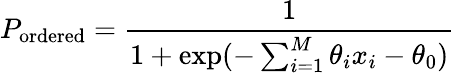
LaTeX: P_{\mathrm{ordered}}=\frac{1}{1+\exp(-\sum_{i=1}^{M}\theta_{i}x_{i}-\theta_{0})}